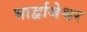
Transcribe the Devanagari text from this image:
भार्द्वाजेश्वर